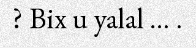
? Bix u yalal ... .